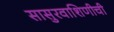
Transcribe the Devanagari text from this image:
सासुरवाशिणीची